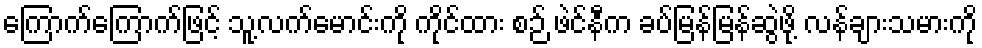
ကြောက်ကြောက်ဖြင့် သူ့လက်မောင်းကို ကိုင်ထား စဉ် ဖဲင်နီက ခပ်မြန်မြန်ဆွဲဖို့ လန်ချားသမားကို